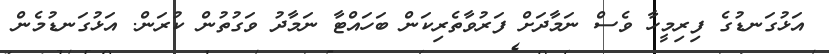
އަޅުގަނޑުގެ ފިރިމީހާ ވެސް ނަމާދަށް ފަރުވާތެރިކަން ބަހައްޓާ ނަމާދު ވަގުތުން ކުރަން. އަޅުގަނޑުމެން